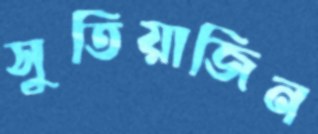
সুতিয়াজিন